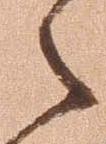
々